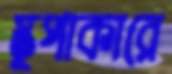
স্তূপাকারে